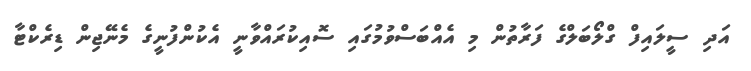
އަދި ސީލައިފް ގްލޯބަލްގެ ފަރާތުން މި އެއްބަސްވުމުގައި ސޮއިކުރައްވާނީ އެކުންފުނީގެ މެނޭޖިން ޑިރެކްޓާ